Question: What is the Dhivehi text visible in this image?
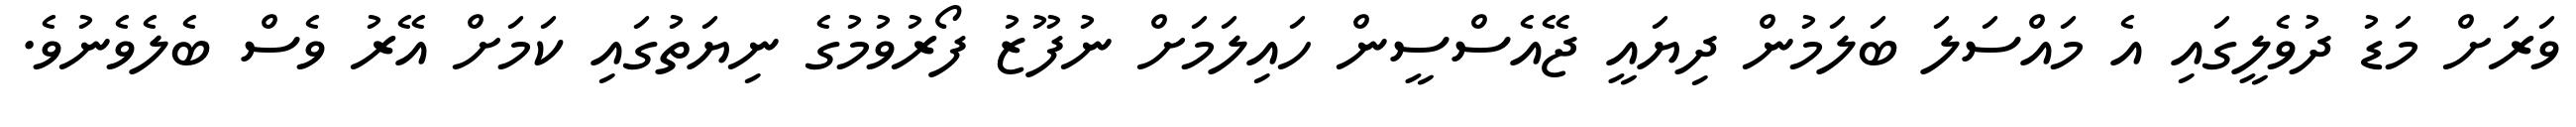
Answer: ވަރަށް މަޑު ދުވެލީގައި އެ މައްސަލަ ބަލަމުން ދިޔައީ ޖޭއެސްސީން ހައިލަމަށް ނުފޫޒު ފޯރުވުމުގެ ނިޔަތުގައި ކަމަށް އޭރު ވެސް ބެލެވެނުވެ.